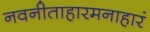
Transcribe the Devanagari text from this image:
नवनीताहारमनाहारं